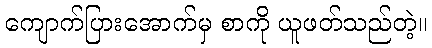
ကျောက်ပြားအောက်မှ စာကို ယူဖတ်သည်တဲ့။